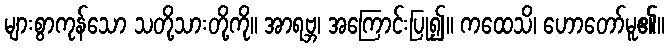
များစွာကုန်သော သတို့သားတို့ကို။ အာရဗ္ဘ၊ အကြောင်းပြု၍။ ကထေသိ၊ ဟောတော်မူ၏။